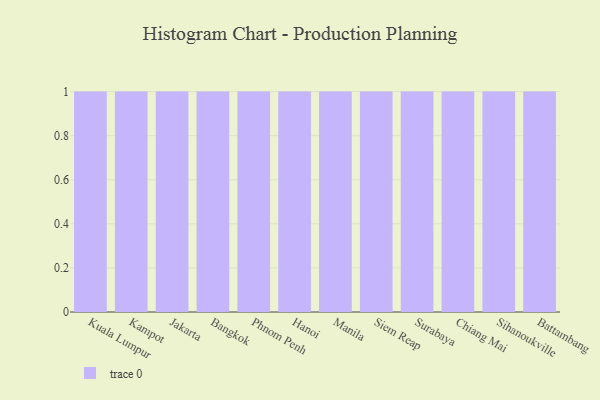
{"axis": {"x": "City", "y": "Website Visitors"}, "legend": [""], "data": [{"x": "Kuala Lumpur", "y": 84, "type": ""}, {"x": "Kampot", "y": 75, "type": ""}, {"x": "Jakarta", "y": 2, "type": ""}, {"x": "Bangkok", "y": 92, "type": ""}, {"x": "Phnom Penh", "y": 9, "type": ""}, {"x": "Hanoi", "y": 13, "type": ""}, {"x": "Manila", "y": 39, "type": ""}, {"x": "Siem Reap", "y": 97, "type": ""}, {"x": "Surabaya", "y": 27, "type": ""}, {"x": "Chiang Mai", "y": 74, "type": ""}, {"x": "Sihanoukville", "y": 16, "type": ""}, {"x": "Battambang", "y": 47, "type": ""}]}